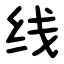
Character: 线